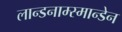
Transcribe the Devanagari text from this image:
लान्डनाम्स्मान्डेन